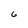
Character: 6